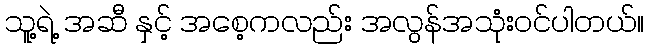
သူ့ရဲ့ အဆီ နှင့် အစေ့ကလည်း အလွန်အသုံးဝင်ပါတယ်။